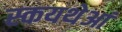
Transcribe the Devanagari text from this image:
स्कयथेआं